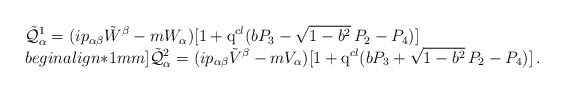
\begin{align*}\begin{array}{l}\displaystyle\displaystyle\tilde{\cal Q}^1_\alpha=(ip_{\alpha\beta}\tilde W^\beta-mW_\alpha)[1+{\rm q}^{cl}(bP_3-\sqrt{1-b^2}\,P_2-P_4)] \\begin{align*}1mm] \displaystyle\tilde{\cal Q}^2_\alpha=(ip_{\alpha\beta}\tilde V^\beta-mV_\alpha)[1+{\rm q}^{cl}(bP_3+\sqrt{1-b^2}\,P_2-P_4)]\,.\end{array}\end{align*}